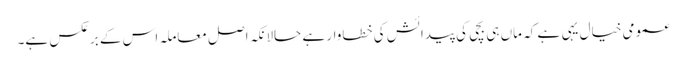
عمومی خیال یہی ہے کہ ماں ہی بچی کی پیدائش کی خطاوار ہے حالانکہ اصل معاملہ اس کے برعکس ہے۔